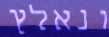
ונאלץ